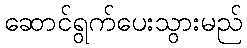
ဆောင်ရွက်ပေးသွားမည်